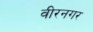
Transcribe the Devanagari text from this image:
वीरनगर